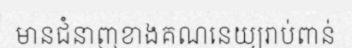
មានជំនាញខាងគណនេយ្យរាប់ពាន់